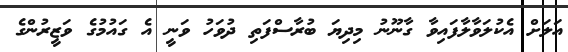
އަލަށް އެކުލަވާލާފައިވާ ގާނޫނު މިދިޔަ ބުރާސްފަތި ދުވަހު ވަނީ އެ ގައުމުގެ ވަޒީރުންގެ